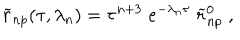
{ \widetilde r } _ { n p } ( \tau , \lambda _ { n } ) = \tau ^ { n + 3 } \; e ^ { - \lambda _ { n } \tau } \; { \widetilde r } _ { n p } ^ { 0 } \; ,